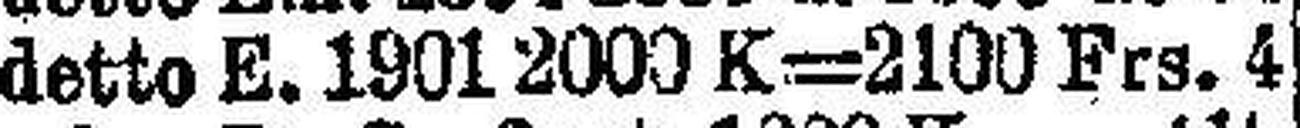
detto E. 1901 2000 K=2100 Frs. 4